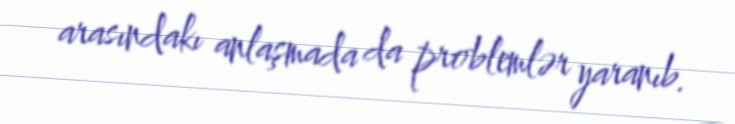
arasındakı anlaşmada da problemlər yaranıb.